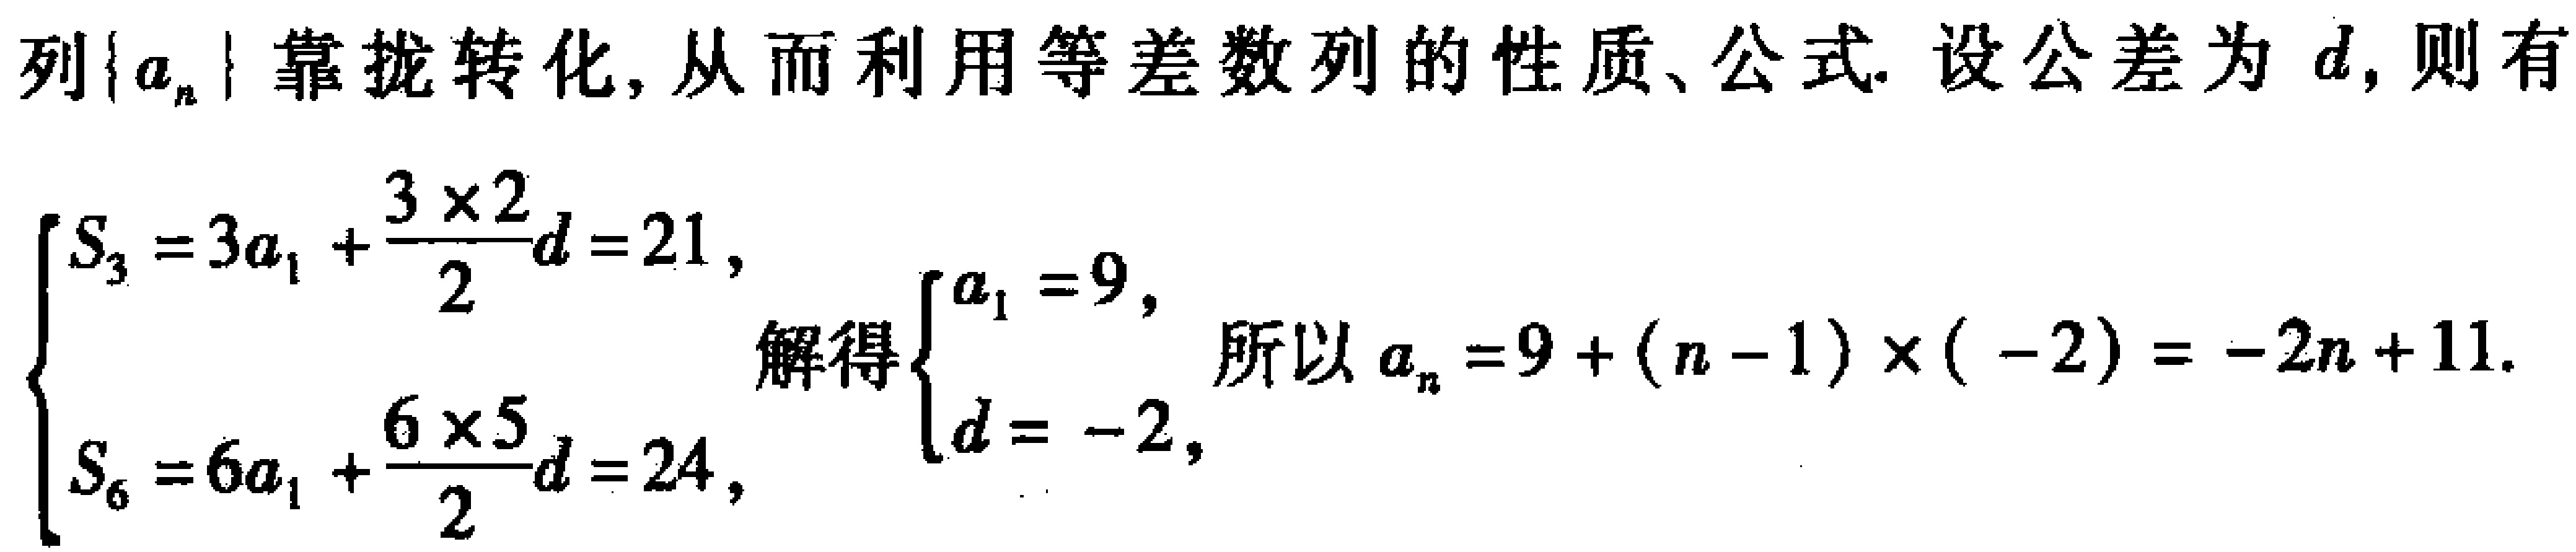
列\(\{a_{n}\}\)靠拢转化, 从而利用等差数列的性质、公式. 设公差为\(d\), 则有
\(\begin{cases}S_{3}=3a_{1}+\dfrac{3\times2}{2}d = 21,\\S_{6}=6a_{1}+\dfrac{6\times5}{2}d = 24,\end{cases}\)解得\(\begin{cases}a_{1}=9,\\d=-2,\end{cases}\)所以\(a_{n}=9+(n - 1)\times(-2)=-2n + 11\).